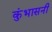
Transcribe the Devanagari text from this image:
कुंभासनी